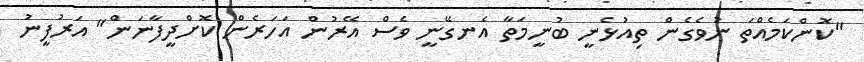
"ކޮންކަމެއްތަ ނުވެގެން ތިއުޅެނީ ބުނީމަތާ އެނގޭނީ ވެސް އޭރުން އަހަރެން ކޮށްދީފާނަން" އަރުފީނު